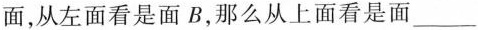
面，从左面看是面B，那么从上面看是面___